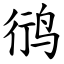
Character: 鸻